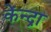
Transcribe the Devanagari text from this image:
केंन्द्रा